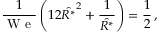
\frac { 1 } { \mathrm { ~ W ~ e ~ } } \left( 1 2 \hat { R ^ { * } } ^ { 2 } + \frac { 1 } { \hat { R ^ { * } } } \right) = \frac { 1 } { 2 } \, ,